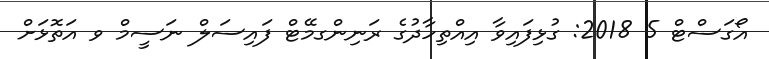
އޯގަސްޓް 5 2018: ގުޅިފައިވާ އިއްތިހާދުގެ ރަނިންގމޭޓް ފައިސަލް ނަސީމް ވ އަތޮޅަށް